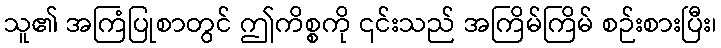
သူ၏ အကြံပြုစာတွင် ဤကိစ္စကို ၎င်းသည် အကြိမ်ကြိမ် စဉ်းစားပြီး၊